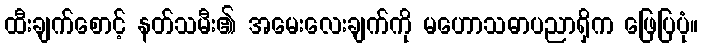
ထီးချက်စောင့် နတ်သမီး၏ အမေးလေးချက်ကို မဟောသဓာပညာရှိက ဖြေပြပုံ။